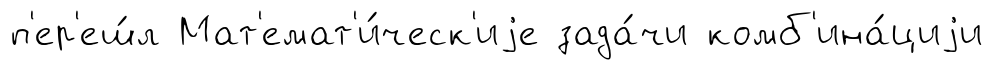
п'ер'еш́л Мат'емат'и́ческ'иjе зада́чи комб'ина́циjи